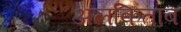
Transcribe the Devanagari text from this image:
अलकिताब